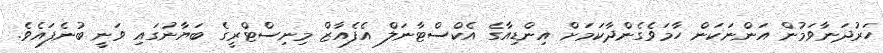
ހަރުދަނާވަމުން އަންނަކަން ހާމަވެގެންދާކަމަށް އިންޑިއާގެ އެކްސްޓާނަލް އެފެއާޒް މިނިސްޓްރީގެ ބަޔާނުގައި ވަނީ ބުނެފައެވެ.